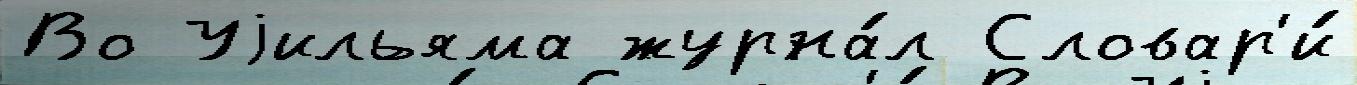
Во Уjильяма журна́л Словар'и́